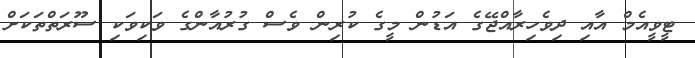
ޓީވީއެމް އާއި ދިވެހިރާއްޖޭގެ އަޑުން މީގެ ކުރިން ވެސް ގުރުއާންގެ ވަކިވަކި ސޫރަތްތަކަށް